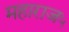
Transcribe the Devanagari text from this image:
महाराज५